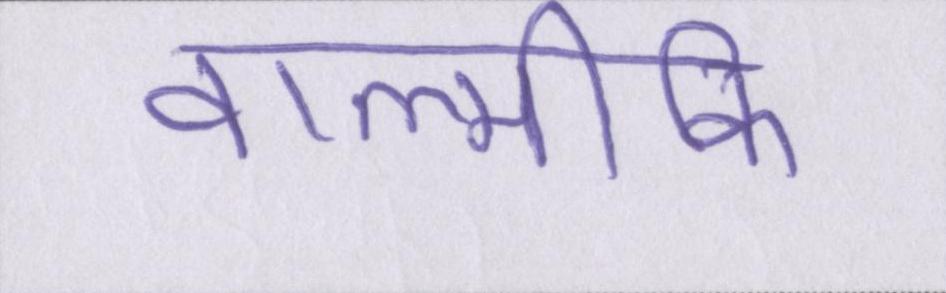
वाल्मीकि